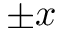
\pm x